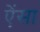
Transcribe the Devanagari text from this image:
ऐंसा